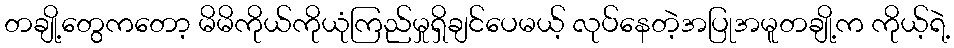
တချို့တွေကတော့ မိမိကိုယ်ကိုယုံကြည်မှုရှိချင်ပေမယ့် လုပ်နေတဲ့အပြုအမူတချို့က ကိုယ့်ရဲ့